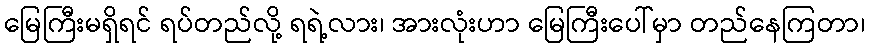
မြေကြီးမရှိရင် ရပ်တည်လို့ ရရဲ့လား၊ အားလုံးဟာ မြေကြီးပေါ်မှာ တည်နေကြတာ၊